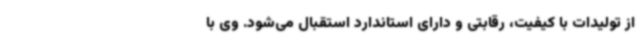
از تولیدات با کیفیت، رقابتی و دارای استاندارد استقبال می‌شود. وی با